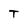
Character: T